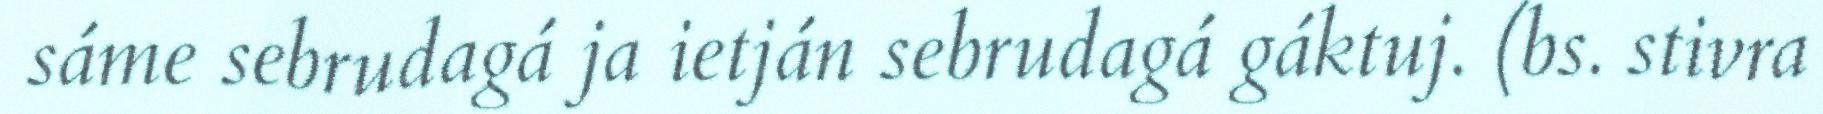
sáme sebrudagá ja ietján sebrudagá gáktuj. (bs. stivra